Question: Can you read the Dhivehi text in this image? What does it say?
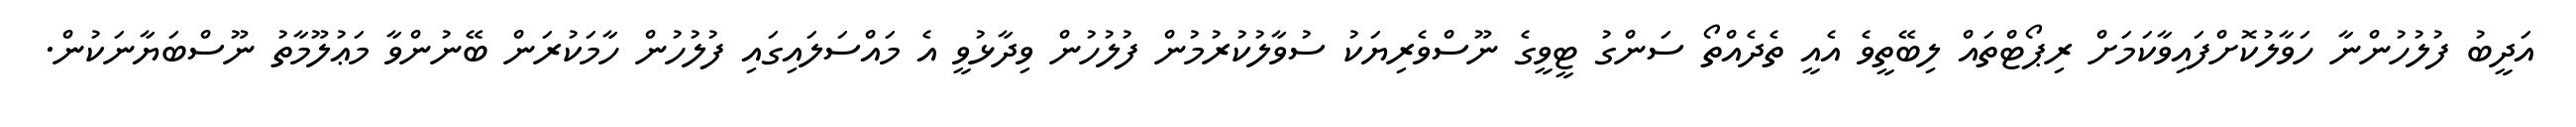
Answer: އަދީބު ފުލުހުންނާ ހަވާލުކޮށްފައިވާކަމަށް ރިޕޯޓްތައް ލިބޭތީވެ އެއީ ތެދެއްތޯ ސަންގު ޓީވީގެ ނޫސްވެރިޔަކު ސުވާލުކުރުމުން ފުލުހުން ވިދާޅުވީ އެ މައްސަލައިގައި ފުލުހުން ހާމަކުރަން ބޭނުންވާ މަޢުލޫމާތު ނޫސްބަޔާނަކުން.